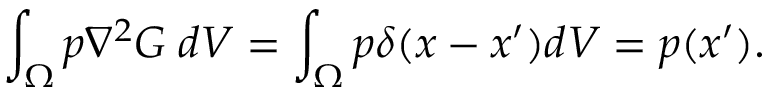
\int _ { \Omega } p \nabla ^ { 2 } G \; d V = \int _ { \Omega } p \delta ( \boldsymbol { x } - \boldsymbol { x } ^ { \prime } ) d V = p ( \boldsymbol { x } ^ { \prime } ) .